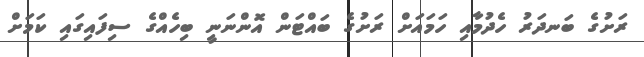
ރަށުގެ ބަނދަރު ހެދުމާއި ހަމައަށް ރަށުގެ ބައްޓަން އޮންނަނީ ބިހެއްގެ ސިފައިގައި ކަމަށް